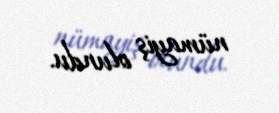
nümayiş olundu.